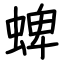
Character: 蜱